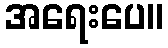
အရေးပေ။